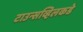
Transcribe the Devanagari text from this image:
टाउन्सव्हिलकडे